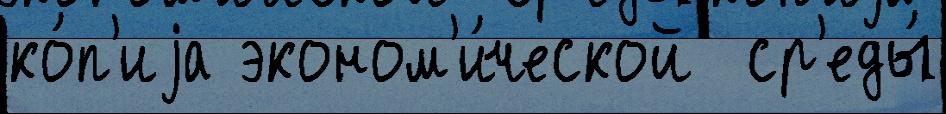
ко́п'иjа эконом'и́ческой  ср'еды́